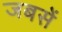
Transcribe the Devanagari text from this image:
जबसें